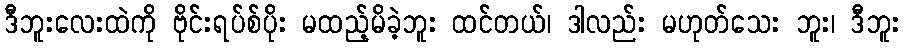
ဒီဘူးလေးထဲကို ဗိုင်းရပ်စ်ပိုး မထည့်မိခဲ့ဘူး ထင်တယ်၊ ဒါလည်း မဟုတ်သေး ဘူး၊ ဒီဘူး